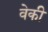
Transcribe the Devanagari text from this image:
वेकी